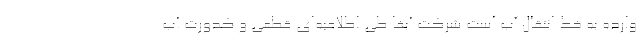
وارده به خط انتقال آب است شرکت آبفا طی اطلاعیه‌ای قطعی و کدورت آب